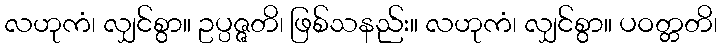
လဟုကံ၊ လျှင်စွာ။ ဥပ္ပဇ္ဇတိ၊ ဖြစ်သနည်း။ လဟုကံ၊ လျှင်စွာ။ ပဝတ္တတိ၊